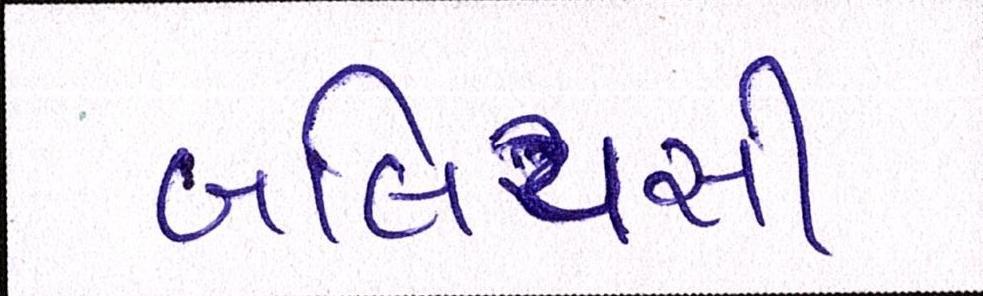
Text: બલિયસી